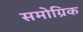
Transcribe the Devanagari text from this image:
समोग्रिक